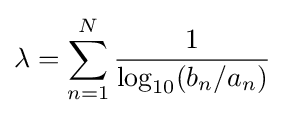
{\it {\lambda }}=\sum _{n=1}^{N}{\frac {1}{\log _{10}(b_{n}/a_{n})}}